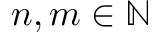
n , m \in \mathbb { N }